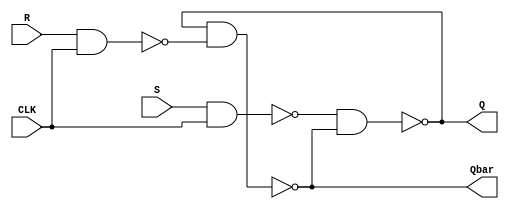
module SR_FF_V2(Q, Qbar, S, R, CLK);
	
	output Q, Qbar;
	input S, R, CLK;
	
	wire w1, w2;
	
	nand g1(w1, S, CLK);
	nand g2(Q, w1, Qbar);
	nand g3(w2, R, CLK);
	nand g4(Qbar, Q, w2);
	
endmodule